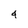
Character: 4